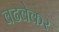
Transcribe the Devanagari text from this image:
वढवेकर